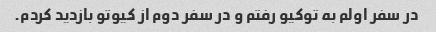
در سفر اولم به توکیو رفتم و در سفر دوم از کیوتو بازدید کردم.